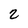
Character: 2